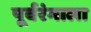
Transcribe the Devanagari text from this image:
पूर्वरंगाला